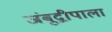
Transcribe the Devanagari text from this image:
जंबूद्वीपाला